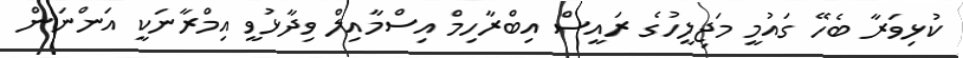
ކުޅިވަރާ ބެހޭ ގައުމީ މަޖިލީހުގެ ރައީސް އިބްރާހިމް އިސްމާއިލް ވިދާޅުވީ އިމްރާނަކީ އަންނަން